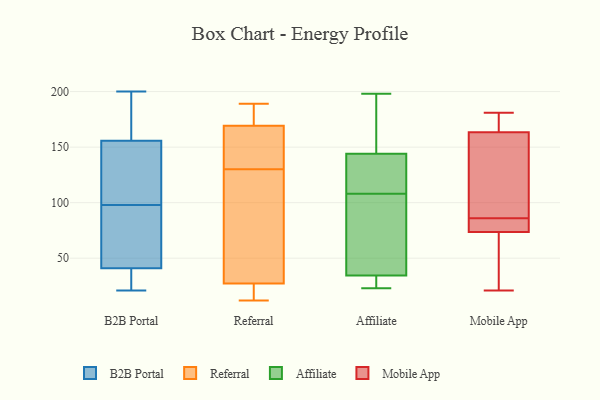
{"axis": {"x": "Website Visitors", "y": "Value"}, "legend": ["Affiliate", "B2B Portal", "Mobile App", "Referral"], "data": [{"x": "", "y": 98, "type": "B2B Portal"}, {"x": "", "y": 185, "type": "B2B Portal"}, {"x": "", "y": 21, "type": "B2B Portal"}, {"x": "", "y": 32, "type": "B2B Portal"}, {"x": "", "y": 161, "type": "B2B Portal"}, {"x": "", "y": 129, "type": "B2B Portal"}, {"x": "", "y": 200, "type": "B2B Portal"}, {"x": "", "y": 62, "type": "B2B Portal"}, {"x": "", "y": 38, "type": "B2B Portal"}, {"x": "", "y": 140, "type": "B2B Portal"}, {"x": "", "y": 50, "type": "B2B Portal"}, {"x": "", "y": 130, "type": "Referral"}, {"x": "", "y": 161, "type": "Referral"}, {"x": "", "y": 189, "type": "Referral"}, {"x": "", "y": 172, "type": "Referral"}, {"x": "", "y": 26, "type": "Referral"}, {"x": "", "y": 133, "type": "Referral"}, {"x": "", "y": 26, "type": "Referral"}, {"x": "", "y": 12, "type": "Referral"}, {"x": "", "y": 182, "type": "Referral"}, {"x": "", "y": 31, "type": "Referral"}, {"x": "", "y": 104, "type": "Referral"}, {"x": "", "y": 41, "type": "Affiliate"}, {"x": "", "y": 118, "type": "Affiliate"}, {"x": "", "y": 150, "type": "Affiliate"}, {"x": "", "y": 144, "type": "Affiliate"}, {"x": "", "y": 198, "type": "Affiliate"}, {"x": "", "y": 59, "type": "Affiliate"}, {"x": "", "y": 144, "type": "Affiliate"}, {"x": "", "y": 23, "type": "Affiliate"}, {"x": "", "y": 23, "type": "Affiliate"}, {"x": "", "y": 24, "type": "Affiliate"}, {"x": "", "y": 142, "type": "Affiliate"}, {"x": "", "y": 108, "type": "Affiliate"}, {"x": "", "y": 38, "type": "Affiliate"}, {"x": "", "y": 82, "type": "Mobile App"}, {"x": "", "y": 175, "type": "Mobile App"}, {"x": "", "y": 53, "type": "Mobile App"}, {"x": "", "y": 73, "type": "Mobile App"}, {"x": "", "y": 159, "type": "Mobile App"}, {"x": "", "y": 150, "type": "Mobile App"}, {"x": "", "y": 75, "type": "Mobile App"}, {"x": "", "y": 134, "type": "Mobile App"}, {"x": "", "y": 168, "type": "Mobile App"}, {"x": "", "y": 165, "type": "Mobile App"}, {"x": "", "y": 86, "type": "Mobile App"}, {"x": "", "y": 21, "type": "Mobile App"}, {"x": "", "y": 41, "type": "Mobile App"}, {"x": "", "y": 181, "type": "Mobile App"}, {"x": "", "y": 84, "type": "Mobile App"}]}